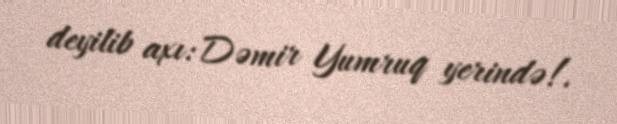
deyilib axı: Dəmir Yumruq yerində!.